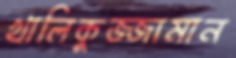
খালিকুজ্জামান